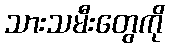
သားသမီးတွေကို